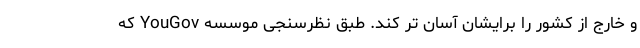
و خارج از کشور را برایشان آسان تر کند. طبق نظرسنجی موسسه YouGov که